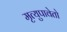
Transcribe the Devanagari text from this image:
मृत्युपावेतो